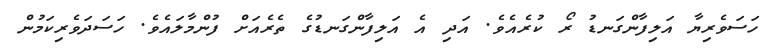
ހަސަވެރިޔާ އަލިފާންގަނޑު ރޯ ކުރެއެވެ. އަދި އެ އަލިފާންގަނޑުގެ ތެރެއަށް ފުންމާލައެވެ. ހަސަދަވެރިކަމުން